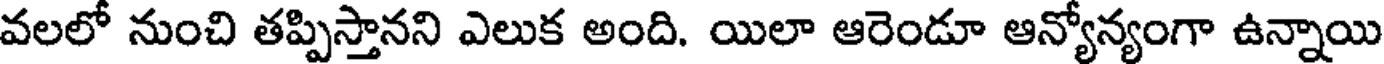
వలలో నుంచి తప్పిస్తానని ఎలుక అంది. యిలా ఆరెండూ ఆన్యోన్యంగా ఉన్నాయి